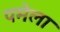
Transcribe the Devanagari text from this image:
पमेला